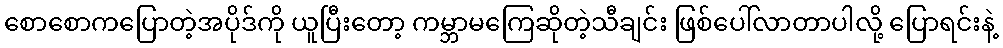
စောစောကပြောတဲ့အပိုဒ်ကို ယူပြီးတော့ ကမ္ဘာမကြေဆိုတဲ့သီချင်း ဖြစ်ပေါ်လာတာပါလို့ ပြောရင်းနဲ့